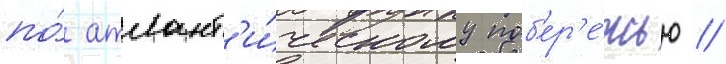
по́ атлант'и́ческому поб'ер'е́жью //